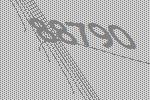
88790